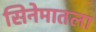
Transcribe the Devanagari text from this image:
सिनेमातला